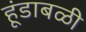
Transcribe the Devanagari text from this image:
हूंडाबळी